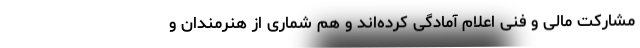
مشارکت مالی و فنی اعلام آمادگی کرده‌اند و هم شماری از هنرمندان و